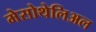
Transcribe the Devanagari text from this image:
मेसोथेलिअल